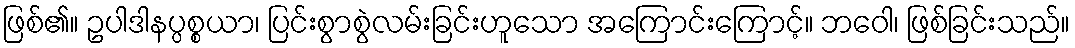
ဖြစ်၏။ ဥပါဒါနပ္ပစ္စယာ၊ ပြင်းစွာစွဲလမ်းခြင်းဟူသော အကြောင်းကြောင့်။ ဘဝေါ၊ ဖြစ်ခြင်းသည်။